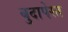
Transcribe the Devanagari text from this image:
बुदापेस्त